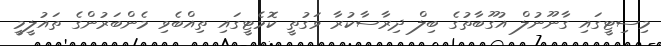
މިސިޓީގައި ގާނޫނުލް އުގޫބާތުގެ ބިލް ދިރާސާކުރާ ވަގުތީ ކޮމެޓީގައި ތިއްބެވި މެންބަރުންގެ ތައުލީމީ